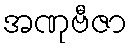
အဏုဗီဇာ